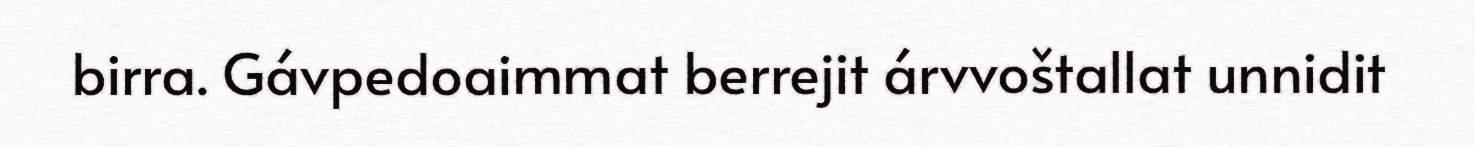
birra. Gávpedoaimmat berrejit árvvoštallat unnidit